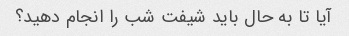
آیا تا به حال باید شیفت شب را انجام دهید؟